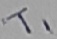
Text: T1